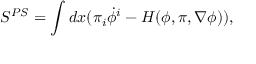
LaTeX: S ^ { P S } = \int d x ( \pi _ { i } \dot { \phi } ^ { i } - H ( \phi , \pi , \nabla \phi ) ) ,